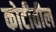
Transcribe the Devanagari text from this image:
कोटीतील